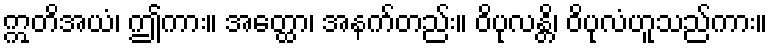
ဣတိအယံ၊ ဤကား။ အတ္ထော၊ အနက်တည်း။ ဝိပုလန္တိ၊ ဝိပုလံဟူသည်ကား။